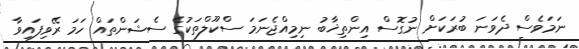
ނަމަވެސް ދެވަނަ ބުރަކަށް ނުގޮސް އިންތިޚާބު ނިމިއްޖެނަމަ ސްކޫލްތަކުގެ ސެޝަންތައް ހަމަ ރޭވިފައިވާ